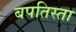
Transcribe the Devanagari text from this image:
बपतिस्ता